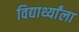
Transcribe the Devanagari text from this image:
विद्यार्थ्यांला